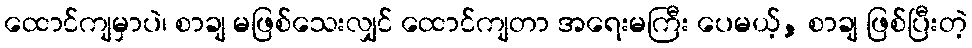
ထောင်ကျမှာပဲ၊ စာချ မဖြစ်သေးလျှင် ထောင်ကျတာ အရေးမကြီး ပေမယ့်, စာချ ဖြစ်ပြီးတဲ့